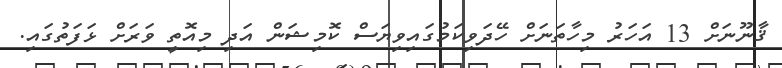
ޤާނޫނަށް 13 އަހަރު މިހާތަނަށް ހޭދަވިކަމުގައިވިޔަސް ކޮމިޝަން އަދި މިއޮތީ ވަރަށް ޅަފަތުގައި.